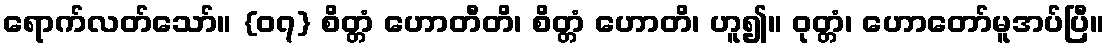
ရောက်လတ်သော်။ {၀၇} စိတ္တံ ဟောတီတိ၊ စိတ္တံ ဟောတိ၊ ဟူ၍။ ဝုတ္တံ၊ ဟောတော်မူအပ်ပြီ။